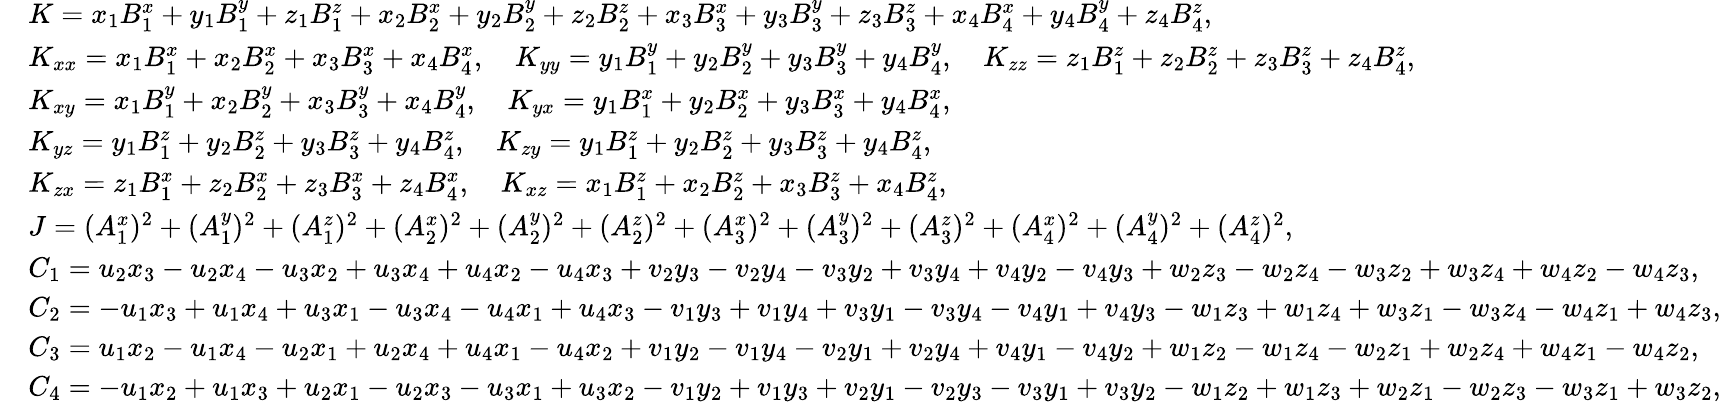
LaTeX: \begin{array}{rl}&{K=x_{1}B_{1}^{x}+y_{1}B_{1}^{y}+z_{1}B_{1}^{z}+x_{2}B_{2}^{x}+y_{2}B_{2}^{y}+z_{2}B_{2}^{z}+x_{3}B_{3}^{x}+y_{3}B_{3}^{y}+z_{3}B_{3}^{z}+x_{4}B_{4}^{x}+y_{4}B_{4}^{y}+z_{4}B_{4}^{z},}\\ &{K_{xx}=x_{1}B_{1}^{x}+x_{2}B_{2}^{x}+x_{3}B_{3}^{x}+x_{4}B_{4}^{x},\quad K_{yy}=y_{1}B_{1}^{y}+y_{2}B_{2}^{y}+y_{3}B_{3}^{y}+y_{4}B_{4}^{y},\quad K_{zz}=z_{1}B_{1}^{z}+z_{2}B_{2}^{z}+z_{3}B_{3}^{z}+z_{4}B_{4}^{z},}\\ &{K_{xy}=x_{1}B_{1}^{y}+x_{2}B_{2}^{y}+x_{3}B_{3}^{y}+x_{4}B_{4}^{y},\quad K_{yx}=y_{1}B_{1}^{x}+y_{2}B_{2}^{x}+y_{3}B_{3}^{x}+y_{4}B_{4}^{x},}\\ &{K_{yz}=y_{1}B_{1}^{z}+y_{2}B_{2}^{z}+y_{3}B_{3}^{z}+y_{4}B_{4}^{z},\quad K_{zy}=y_{1}B_{1}^{z}+y_{2}B_{2}^{z}+y_{3}B_{3}^{z}+y_{4}B_{4}^{z},}\\ &{K_{zx}=z_{1}B_{1}^{x}+z_{2}B_{2}^{x}+z_{3}B_{3}^{x}+z_{4}B_{4}^{x},\quad K_{xz}=x_{1}B_{1}^{z}+x_{2}B_{2}^{z}+x_{3}B_{3}^{z}+x_{4}B_{4}^{z},}\\ &{J=(A_{1}^{x})^{2}+(A_{1}^{y})^{2}+(A_{1}^{z})^{2}+(A_{2}^{x})^{2}+(A_{2}^{y})^{2}+(A_{2}^{z})^{2}+(A_{3}^{x})^{2}+(A_{3}^{y})^{2}+(A_{3}^{z})^{2}+(A_{4}^{x})^{2}+(A_{4}^{y})^{2}+(A_{4}^{z})^{2},}\\ &{C_{1}=u_{2}x_{3}-u_{2}x_{4}-u_{3}x_{2}+u_{3}x_{4}+u_{4}x_{2}-u_{4}x_{3}+v_{2}y_{3}-v_{2}y_{4}-v_{3}y_{2}+v_{3}y_{4}+v_{4}y_{2}-v_{4}y_{3}+w_{2}z_{3}-w_{2}z_{4}-w_{3}z_{2}+w_{3}z_{4}+w_{4}z_{2}-w_{4}z_{3},}\\ &{C_{2}=-u_{1}x_{3}+u_{1}x_{4}+u_{3}x_{1}-u_{3}x_{4}-u_{4}x_{1}+u_{4}x_{3}-v_{1}y_{3}+v_{1}y_{4}+v_{3}y_{1}-v_{3}y_{4}-v_{4}y_{1}+v_{4}y_{3}-w_{1}z_{3}+w_{1}z_{4}+w_{3}z_{1}-w_{3}z_{4}-w_{4}z_{1}+w_{4}z_{3},}\\ &{C_{3}=u_{1}x_{2}-u_{1}x_{4}-u_{2}x_{1}+u_{2}x_{4}+u_{4}x_{1}-u_{4}x_{2}+v_{1}y_{2}-v_{1}y_{4}-v_{2}y_{1}+v_{2}y_{4}+v_{4}y_{1}-v_{4}y_{2}+w_{1}z_{2}-w_{1}z_{4}-w_{2}z_{1}+w_{2}z_{4}+w_{4}z_{1}-w_{4}z_{2},}\\ &{C_{4}=-u_{1}x_{2}+u_{1}x_{3}+u_{2}x_{1}-u_{2}x_{3}-u_{3}x_{1}+u_{3}x_{2}-v_{1}y_{2}+v_{1}y_{3}+v_{2}y_{1}-v_{2}y_{3}-v_{3}y_{1}+v_{3}y_{2}-w_{1}z_{2}+w_{1}z_{3}+w_{2}z_{1}-w_{2}z_{3}-w_{3}z_{1}+w_{3}z_{2},}\end{array}